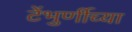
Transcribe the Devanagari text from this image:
टेंभुर्णीच्या